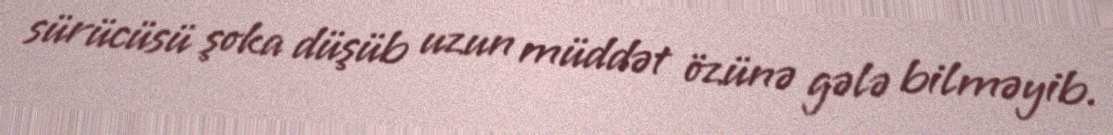
sürücüsü şoka düşüb uzun müddət özünə gələ bilməyib.